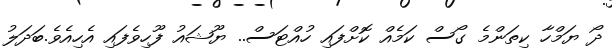
ދޯ ޔަމްހާ ކިތަންމެ ގޯސް ކަމެއް ކޮށްފައި ހުއްޓަސް.. ޔޫޝައު ފޫހިވެފައި އެހިއެވެ.ބަދަލު